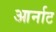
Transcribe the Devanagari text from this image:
आर्नाट